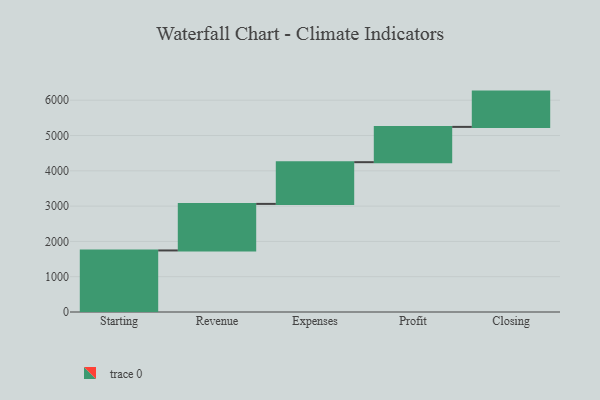
{"axis": {"x": "Step", "y": "Value"}, "legend": [""], "data": [{"x": "Starting", "y": 1744.0, "type": ""}, {"x": "Revenue", "y": 1319.0, "type": ""}, {"x": "Expenses", "y": 1182.0, "type": ""}, {"x": "Profit", "y": 1000, "type": ""}, {"x": "Closing", "y": 1000, "type": ""}]}